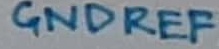
Text: GNDREF